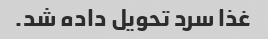
غذا سرد تحویل داده شد.